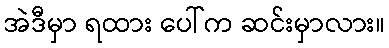
အဲဒီမှာ ရထား ပေါ်က ဆင်းမှာလား။